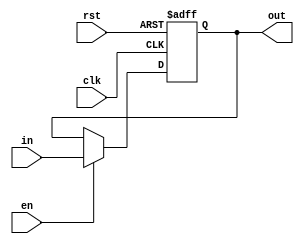
// Program Counter modeled off HW6 Solutions Problem 2
module pc(
    input [31:0] in,
    input clk,
    input rst,
    input en,
    output reg [31:0] out);

always@(posedge clk or posedge rst)
begin
    if(rst)
        out <= 32'h00003000; // PC set to 0x00003000 if reset enabled
    else if(en)
        out <= in;
end

endmodule